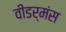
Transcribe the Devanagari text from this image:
वीडर्मंस